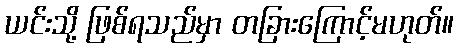
ယင်းသို့ ဖြစ်ရသည်မှာ တခြားကြောင့်မဟုတ်။